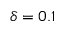
\delta = 0 . 1